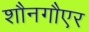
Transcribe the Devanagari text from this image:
शौनगौएर